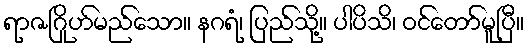
ရာဇဂြိုဟ်မည်သော။ နဂရံ၊ ပြည်သို့။ ပါပိသိ၊ ဝင်တော်မူပြီ။